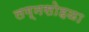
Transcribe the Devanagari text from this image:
लग्नसोहळा